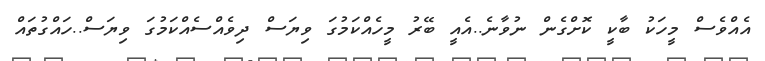
އެއްވެސް މީހަކު ބާކީ ކޮށްގެން ނުވާނެ..އެއީ ބޭރު މީހެއްކަމުގަ ވިޔަސް ދިވެއްސެއްކަމުގަ ވިޔަސް..ހައްގުތައް